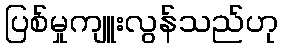
ပြစ်မှုကျူးလွန်သည်ဟု